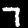
Label: 7